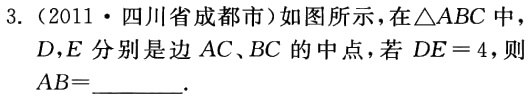
3.（2011·四川省成都市）如图所示，在$\triangle ABC$中，
$D,E$分别是边$AC、BC$的中点，若$DE = 4$，则
$AB = \_\_\_\_\_\_.$